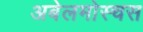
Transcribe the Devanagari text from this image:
अबेलमोस्चस